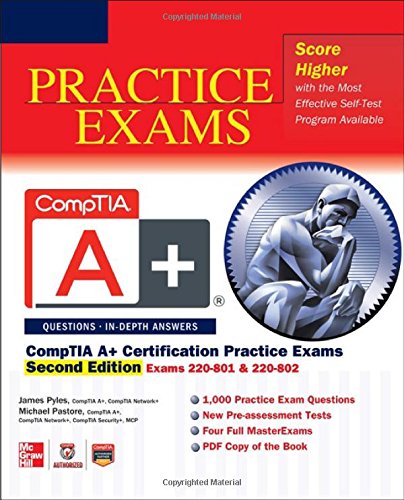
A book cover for CompTIA A+ Certification Practice Exams, Second Edition (Exams 220-801 & 220-802); James Pyles; Computers & Technology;